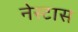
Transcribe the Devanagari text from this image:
नेस्टास